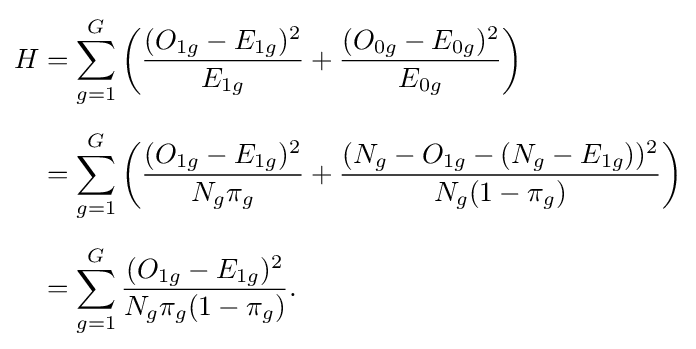
{\begin{aligned}H&=\sum _{g=1}^{G}\left({\frac {(O_{1g}-E_{1g})^{2}}{E_{1g}}}+{\frac {(O_{0g}-E_{0g})^{2}}{E_{0g}}}\right)\\[5pt]&=\sum _{g=1}^{G}\left({\frac {(O_{1g}-E_{1g})^{2}}{N_{g}\pi _{g}}}+{\frac {(N_{g}-O_{1g}-(N_{g}-E_{1g}))^{2}}{N_{g}(1-\pi _{g})}}\right)\\[5pt]&=\sum _{g=1}^{G}{\frac {(O_{1g}-E_{1g})^{2}}{N_{g}\pi _{g}(1-\pi _{g})}}.\end{aligned}}